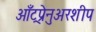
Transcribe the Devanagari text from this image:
आँट्रप्रेनुअरशीप